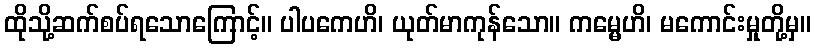
ထိုသို့ဆက်စပ်ရသောကြောင့်။ ပါပကေဟိ၊ ယုတ်မာကုန်သော။ ကမ္မေဟိ၊ မကောင်းမှုတို့မှ။